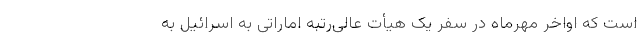
است که اواخر مهرماه در سفر یک هیأت عالی‌رتبه اماراتی به اسرائیل به